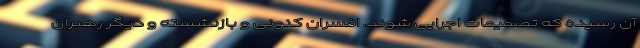
آن رسیده که تصمیمات اجرایی شوند. افسران کنونی و بازنشسته و دیگر رهبران